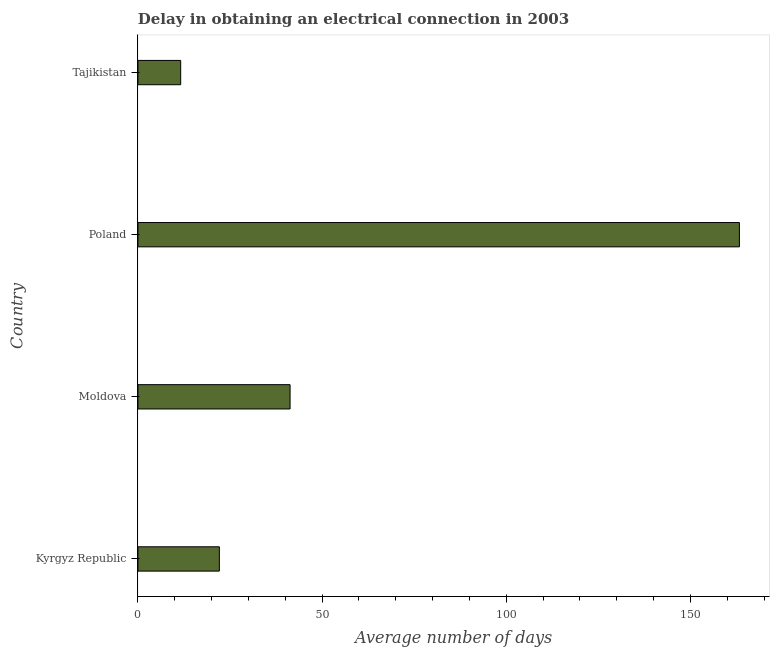
| Country | Dalay in Electrical connection |
 | --- | --- |
 | Kyrgyz Republic | 22.1 |
 | Moldova | 41.3 |
 | Poland | 163 |
 | Tajikistan | 11.6 |